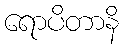
ရောပိတာနိ